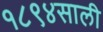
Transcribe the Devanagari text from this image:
१८९४साली